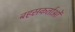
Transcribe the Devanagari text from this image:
बहसकर्ताओं